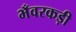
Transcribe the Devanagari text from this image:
भँवरकड़ी